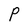
Character: P